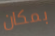
بمكان